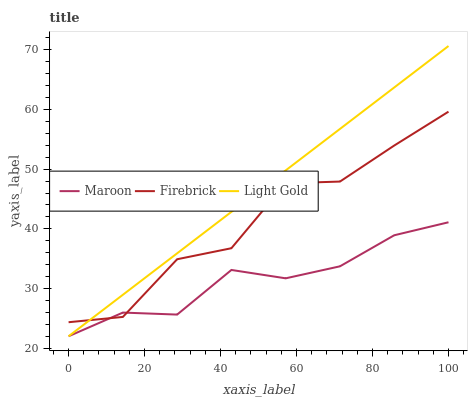
| xaxis_label | Maroon | Firebrick | Light Gold |
 | --- | --- | --- | --- |
 | 0 | 22 | 24.4 | 22 |
 | 14.3 | 26 | 25.2 | 28.9 |
 | 28.6 | 25.6 | 34.9 | 35.9 |
 | 42.9 | 33.1 | 36.8 | 42.8 |
 | 57.1 | 31.7 | 47.6 | 49.8 |
 | 71.4 | 33.7 | 47.9 | 56.7 |
 | 85.7 | 38.9 | 54 | 63.7 |
 | 100 | 41.1 | 59.6 | 70.6 |